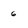
Character: 6